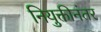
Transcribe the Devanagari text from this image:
नियुक्तीनंतर